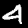
Digit: 4